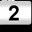
Digit: 2